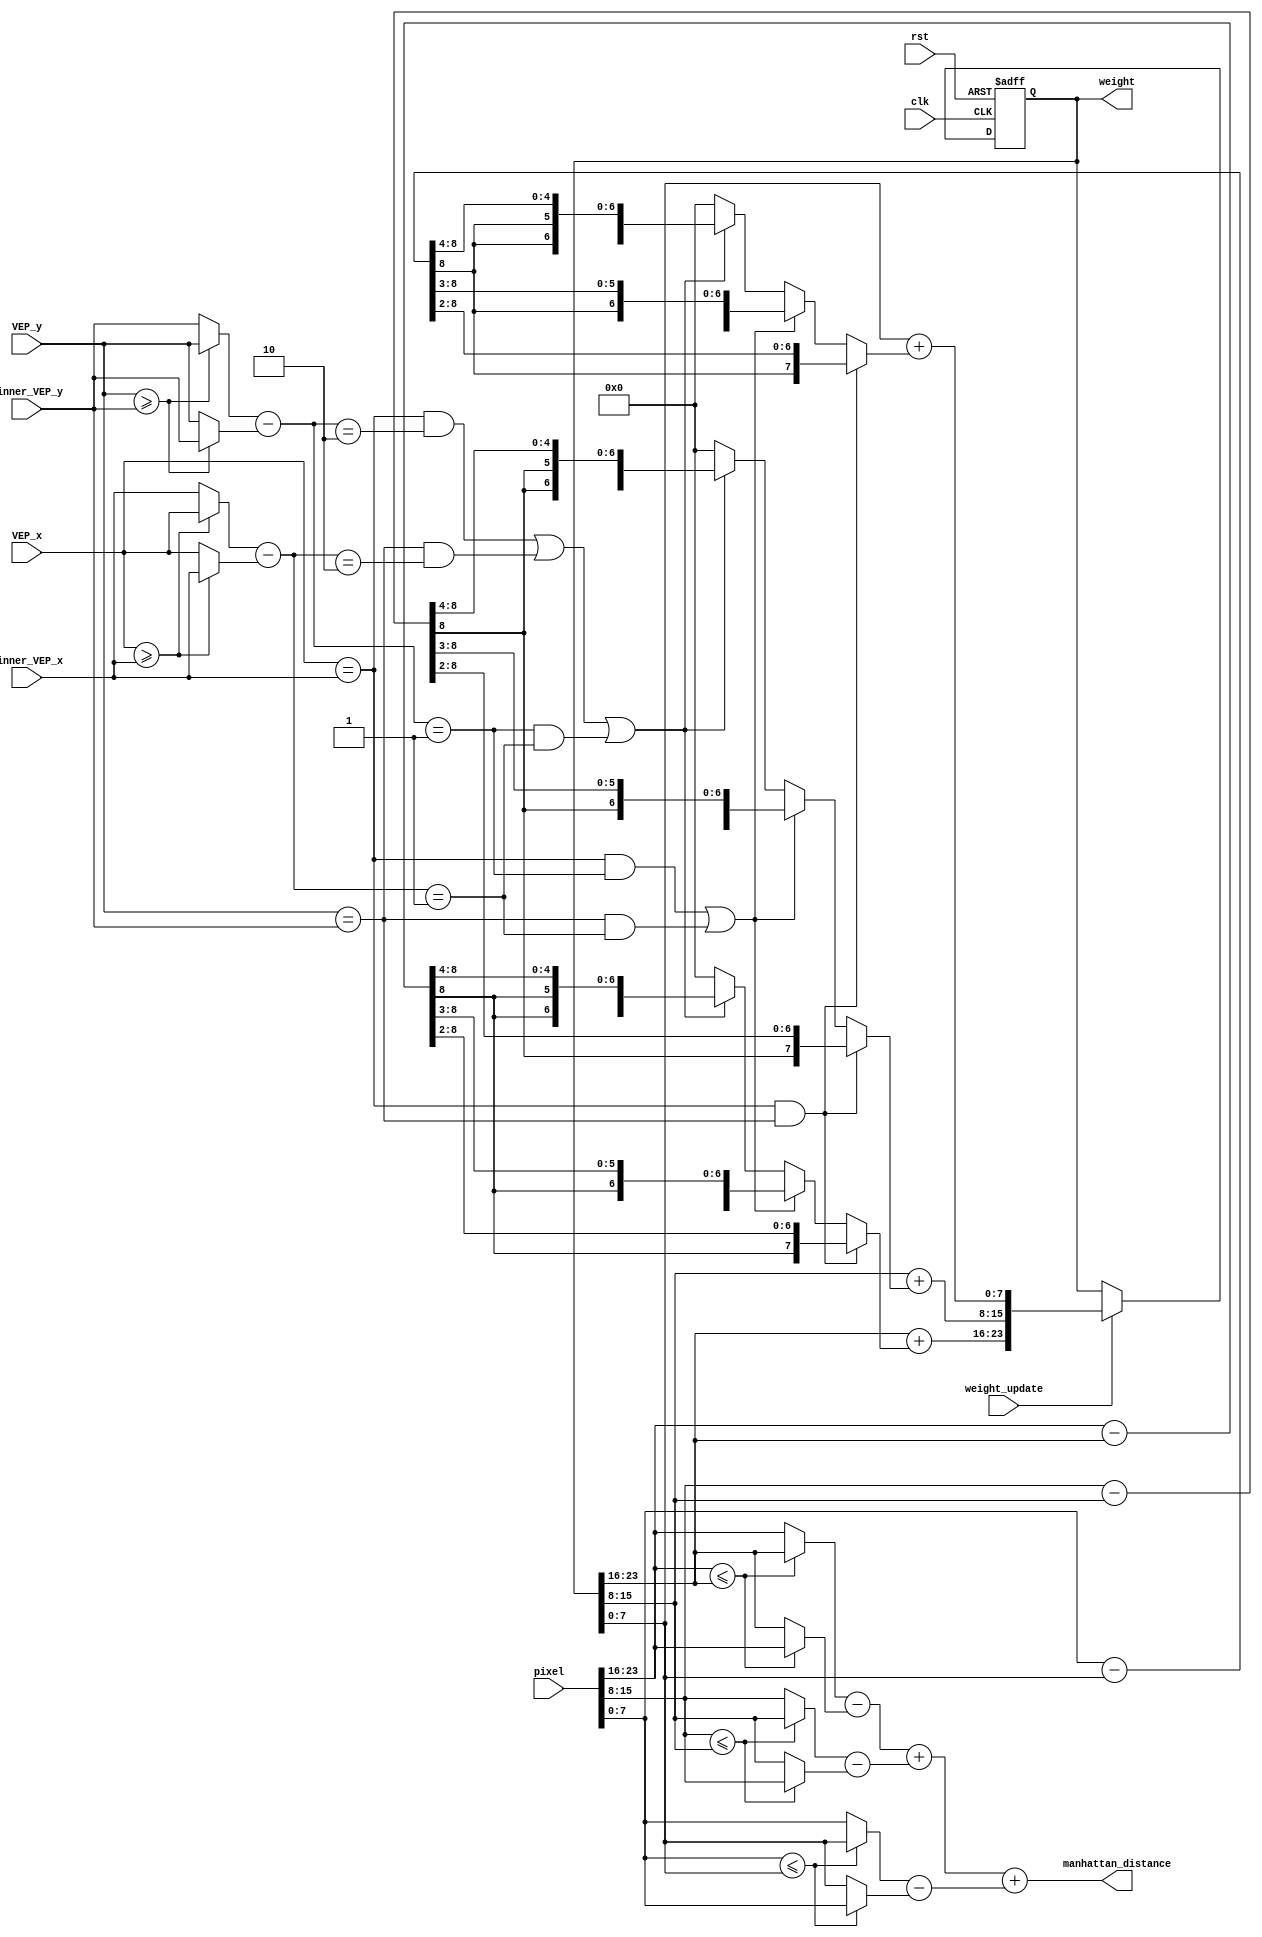
/*
* Hint
sigal explanation:
1.  clk                : This is a positive edge-triggered clock signal.
2.  rst                : This is a reset signal.
3.  VEP_x              : The x-coordinate of this VEP.
4.  VEP_y              : The y-coordinate of this VEP.
5.  winner_VEP_x       : The VEP_x value with the minimum Manhattan distance.
6.  winner_VEP_y       : The VEP_y value with the minimum Manhattan distance.
7.  pixel              : Same as RAM_IF_Q, includes {R, G, B} channels with 8 bits in each channel.
8.  weight_initial    : The initial value given by LFSR, contained {R, G, B} channels.
9.  weight_update     : An enable signal from the controller that tells the weight in each VEP to be updated.
10. weight            : The value of the VEP's weight register.
11. manhattan_distance : For example, the Manhattan distance between (125, 80, 27) and (110, 70, 34) is |125-110|+|80-70|+|27-34|=32.

In short, there are 2 phases in SOM operation, the first phase is the training phase, 
which updating the weight through unsupervised training.
Second phase is recall phase, in the phase we need to select the weight closest to input pixel
as the winner weight. Be careful not to update the weights at this phase.

<TRAINING PHASE>
step1 : Split each pixel into 3 channels,so does the weight.
step2 : Calculate manhattan distance of each VEP.
step3 : Use WSC.v to find the x,y-coordinate with minimum manhattan distance,in other words,WSC.v is used to find the winner_VEP_x,y. 
step4 : Use VEP_x, VEP_y, winner_VEP_x and winner_VEP_y to select corresponding neighbor function.
step5 : Update the weight by setting weight_update to high.
step6 : repeat step1 to step 5 until all pixels of image are traversed.

<RECALL PHASE>
step1 : Split each pixel into 3 channels, so does the weight.
step2 : Traversed all VEP's and find the VEP closest(manhattan distance) to input pixel.
step3 : Output winner VEP's weight(RAM_W_D) to testbench.
step4 : Repeat step1 to step4 until all pixels of image are traversed.
*/
module VEP(
  input              clk,
  input              rst,
  input  [      2:0] VEP_x,
  input  [      2:0] VEP_y,
  input  [      2:0] winner_VEP_x,
  input  [      2:0] winner_VEP_y,
  input  [23:0] pixel,
  //input  [8*3 - 1:0] weight_initial,
  input              weight_update,
  //input        state1_counter, 
  output reg [23:0] weight,
  output [      9:0] manhattan_distance//manhattan distance, add 2 extension bits to prevent overflow
);

//reg [23:0] weight_reg;
wire [7:0] blue,blue_sbf,blue_sbb,green,green_sbf,green_sbb,red,red_sbf,red_sbb;
reg signed [8:0] weight_b2,weight_g2,weight_r2;

assign blue_sbf=(pixel[23:16]<=weight[23:16])?weight[23:16]:pixel[23:16];
assign blue_sbb=(pixel[23:16]<=weight[23:16])?pixel[23:16]:weight[23:16];
assign green_sbf=(pixel[15:8]<=weight[15:8])?weight[15:8]:pixel[15:8];
assign green_sbb=(pixel[15:8]<=weight[15:8])?pixel[15:8]:weight[15:8];
assign red_sbf=(pixel[7:0]<=weight[7:0])?weight[7:0]:pixel[7:0];
assign red_sbb=(pixel[7:0]<=weight[7:0])?pixel[7:0]:weight[7:0];

assign blue=blue_sbf-blue_sbb;
assign green=green_sbf-green_sbb;
assign red=red_sbf-red_sbb;

assign manhattan_distance=blue+green+red;
/*
always@(*)
	if(pixel[23:16]<=weight_reg[23:16])
		blue=weight_reg[23:16]-pixel[23:16];
	else if(pixel[23:16]>=weight_reg[23:16])
		blue=pixel[23:16]-weight_reg[23:16];
	else
		blue=8'd0;

always@(*)
	if(pixel[15:8]<=weight_reg[15:8])
		green=weight_reg[15:8]-pixel[15:8];
	else if(pixel[15:8]>=weight_reg[15:8])
		green=pixel[15:8]-weight_reg[15:8];
	else
		green=8'd0;

always@(*)
	if(pixel[7:0]<=weight_reg[7:0])
		red=weight_reg[7:0]-pixel[7:0];
	else if(pixel[7:0]>=weight_reg[7:0])
		red=pixel[7:0]-weight_reg[7:0];
	else
		red=8'd0;
*/


//assign tag={VEP_y,VEP_x};

wire [2:0] Axf=(VEP_x>=winner_VEP_x)?VEP_x:winner_VEP_x;
wire [2:0] Axb=(VEP_x>=winner_VEP_x)?winner_VEP_x:VEP_x;
wire [2:0] Ax=Axf-Axb;
wire [2:0] Ayf=(VEP_y>=winner_VEP_y)?VEP_y:winner_VEP_y;
wire [2:0] Ayb=(VEP_y>=winner_VEP_y)?winner_VEP_y:VEP_y;
wire [2:0] Ay=Ayf-Ayb;

wire signed [8:0] weight_b=(pixel[23:16]-weight[23:16]);
//wire signed [8:0] weight_b1=weight_b>>>2;
wire signed [8:0] weight_B=weight[23:16]+weight_b2;
wire signed [8:0] weight_g=(pixel[15:8]-weight[15:8]);
//wire signed [8:0] weight_g1=weight_g>>>2;
wire signed [8:0] weight_G=weight[15:8]+weight_g2;
wire signed [8:0] weight_r=(pixel[7:0]-weight[7:0]);
//wire signed [8:0] weight_r1=weight_r>>>2;
wire signed [8:0] weight_R=weight[7:0]+weight_r2;
   
always@(*)
	if(VEP_x==winner_VEP_x && VEP_y==winner_VEP_y)
		weight_b2=weight_b>>>2;
	else if((VEP_x==winner_VEP_x && Ay==3'd1) || (VEP_y==winner_VEP_y && Ax==3'd1))
		weight_b2=weight_b>>>3;
	else if((VEP_x==winner_VEP_x && Ay==3'd2) || (VEP_y==winner_VEP_y && Ax==3'd2) || (Ay==3'd1 && Ax==3'd1))
		weight_b2=weight_b>>>4;
	else
		weight_b2=9'd0;

always@(*)
	if(VEP_x==winner_VEP_x && VEP_y==winner_VEP_y)
		weight_g2=weight_g>>>2;
	else if((VEP_x==winner_VEP_x && Ay==3'd1) || (VEP_y==winner_VEP_y && Ax==3'd1))
		weight_g2=weight_g>>>3;
	else if((VEP_x==winner_VEP_x && Ay==3'd2) || (VEP_y==winner_VEP_y && Ax==3'd2) || (Ay==3'd1 && Ax==3'd1))
		weight_g2=weight_g>>>4;
	else
		weight_g2=9'd0;

always@(*)
	if(VEP_x==winner_VEP_x && VEP_y==winner_VEP_y)
		weight_r2=weight_r>>>2;
	else if((VEP_x==winner_VEP_x && Ay==3'd1) || (VEP_y==winner_VEP_y && Ax==3'd1))
		weight_r2=weight_r>>>3;
	else if((VEP_x==winner_VEP_x && Ay==3'd2) || (VEP_y==winner_VEP_y && Ax==3'd2) || (Ay==3'd1 && Ax==3'd1))
		weight_r2=weight_r>>>4;
	else
		weight_r2=9'd0;


always@(posedge clk or posedge rst)
	if(rst)
		weight<=24'b011111010111110101111101; 
	else if(weight_update)
		weight<={weight_B[7:0],weight_G[7:0],weight_R[7:0]};
	else
		weight<=weight;


endmodule